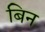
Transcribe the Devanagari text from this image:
बिन